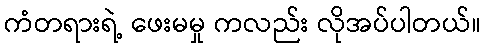
ကံတရားရဲ့ ဖေးမမှု ကလည်း လိုအပ်ပါတယ်။